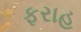
ફરાહ